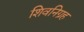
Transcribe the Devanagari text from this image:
शिवनिग्रह